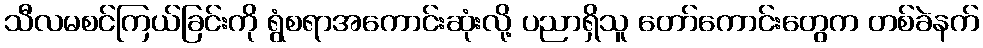
သီလမစင်ကြယ်ခြင်းကို ရွံစရာအကောင်းဆုံးလို့ ပညာရှိသူ တော်ကောင်းတွေက တစ်ခဲနက်